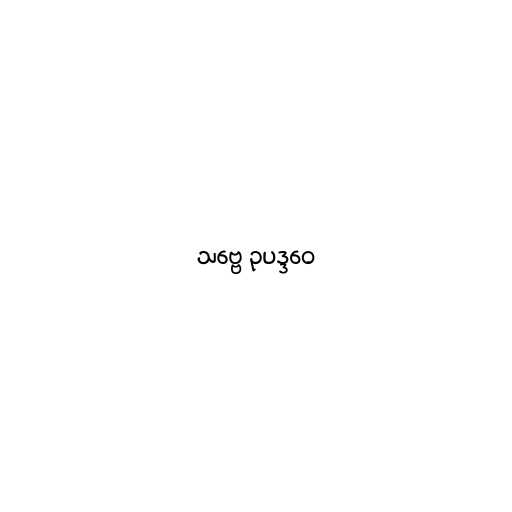
သဗ္ဗေ ဥပဒ္ဒဝေ